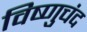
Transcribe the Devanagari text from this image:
विष्णुचंद